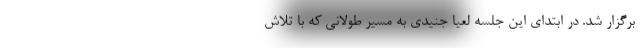
برگزار شد. در ابتدای این جلسه لعیا جنیدی به مسیر طولانی که با تلاش